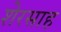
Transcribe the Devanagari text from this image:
शेरसाह